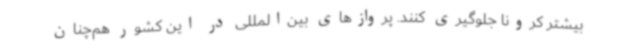
بیشتر کرونا جلوگیری کنند. پروازهای بین‌المللی در این کشور هم‌چنان